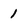
Character: 1